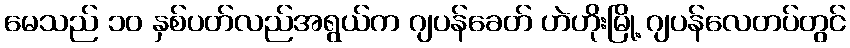
မေသည် ၁၀ နှစ်ပတ်လည်အရွယ်က ဂျပန်ခေတ် ဟဲဟိုးမြို့ ဂျပန်လေတပ်တွင်